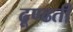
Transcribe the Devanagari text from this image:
ढूण्ढती